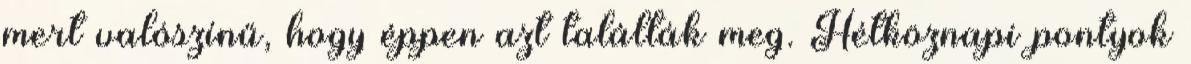
mert valószínű, hogy éppen azt találták meg. Hétköznapi pontyok